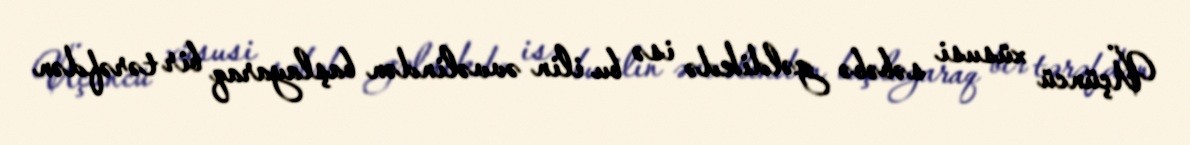
Üçüncü xüsusi səbəbə gəldikdə isə bu ilin əvvəlindən başlayaraq bir tərəfdən